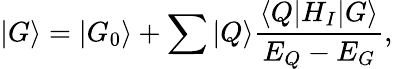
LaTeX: |G\rangle=|G_{0}\rangle+\sum|Q\rangle\frac{\langle Q|H_{I}|G\rangle}{E_{Q}-E_{G}},